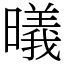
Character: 㬢